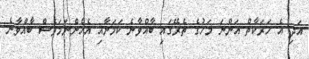
އަދި އެ ހަރަކާތް އަންނަ މަހުގެ ތެރޭގައި ބާއްވާނެ ކަމަށާއި އެހެންނަމަވެސް ބާއްވާނެ